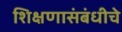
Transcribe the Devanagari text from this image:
शिक्षणासंबंधीचे